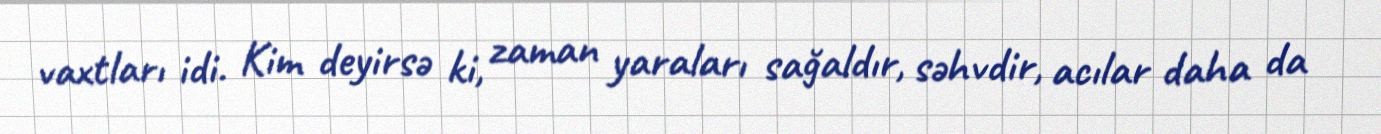
vaxtları idi. Kim deyirsə ki, zaman yaraları sağaldır, səhvdir, acılar daha da